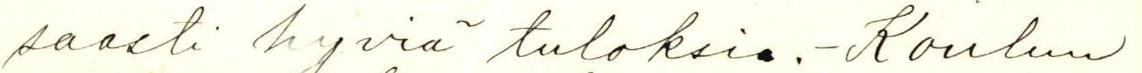
saasti hyviä tuloksia. - Koulun